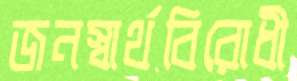
জনস্বার্থবিরোধী